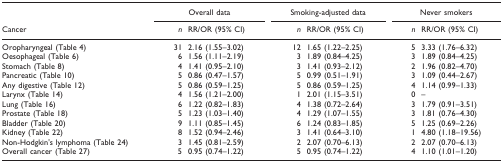
<table><thead><tr><td></td><td colspan="2"><b>Overall data</b></td><td colspan="2"><b>Smoking-adjusted data</b></td><td colspan="2"><b>Never smokers</b></td></tr><tr><td><b>Cancer</b></td><td><b><i>n</i></b></td><td><b>RR/OR (95% CI)</b></td><td><b><i>n</i></b></td><td><b>RR/OR (95% CI)</b></td><td><b><i>n</i></b></td><td><b>RR/OR (95% CI)</b></td></tr></thead><tbody><tr><td>Oropharyngeal (Table 4)</td><td>31</td><td>2.16 (1.55–3.02)</td><td>12</td><td>1.65 (1.22–2.25)</td><td>5</td><td>3.33 (1.76–6.32)</td></tr><tr><td>Oesophageal (Table 6)</td><td>6</td><td>1.56 (1.11–2.19)</td><td>3</td><td>1.89 (0.84–4.25)</td><td>3</td><td>1.89 (0.84–4.25)</td></tr><tr><td>Stomach (Table 8)</td><td>4</td><td>1.41 (0.95–2.10)</td><td>3</td><td>1.41 (0.93–2.12)</td><td>2</td><td>1.96 (0.82–4.70)</td></tr><tr><td>Pancreatic (Table 10)</td><td>5</td><td>0.86 (0.47–1.57)</td><td>5</td><td>0.99 (0.51–1.91)</td><td>3</td><td>1.09 (0.44–2.67)</td></tr><tr><td>Any digestive (Table 12)</td><td>5</td><td>0.86 (0.59–1.25)</td><td>5</td><td>0.86 (0.59–1.25)</td><td>4</td><td>1.14 (0.99–1.33)</td></tr><tr><td>Larynx (Table 14)</td><td>4</td><td>1.56 (1.21–2.00)</td><td>1</td><td>2.01 (1.15–3.51)</td><td>0</td><td>--</td></tr><tr><td>Lung (Table 16)</td><td>6</td><td>1.22 (0.82–1.83)</td><td>4</td><td>1.38 (0.72–2.64)</td><td>3</td><td>1.79 (0.91–3.51)</td></tr><tr><td>Prostate (Table 18)</td><td>5</td><td>1.23 (1.03–1.40)</td><td>4</td><td>1.29 (1.07–1.55)</td><td>3</td><td>1.81 (0.76–4.30)</td></tr><tr><td>Bladder (Table 20)</td><td>9</td><td>1.11 (0.85–1.45)</td><td>6</td><td>1.24 (0.83–1.85)</td><td>5</td><td>1.25 (0.69–2.26)</td></tr><tr><td>Kidney (Table 22)</td><td>8</td><td>1.52 (0.94–2.46)</td><td>3</td><td>1.41 (0.64–3.10)</td><td>1</td><td>4.80 (1.18–19.56)</td></tr><tr><td>Non-Hodgkin&#x27;s lymphoma (Table 24)</td><td>3</td><td>1.45 (0.81–2.59)</td><td>2</td><td>2.07 (0.70–6.13)</td><td>2</td><td>2.07 (0.70–6.13)</td></tr><tr><td>Overall cancer (Table 27)</td><td>5</td><td>0.95 (0.74–1.22)</td><td>5</td><td>0.95 (0.74–1.22)</td><td>4</td><td>1.10 (1.01–1.20)</td></tr></tbody></table>